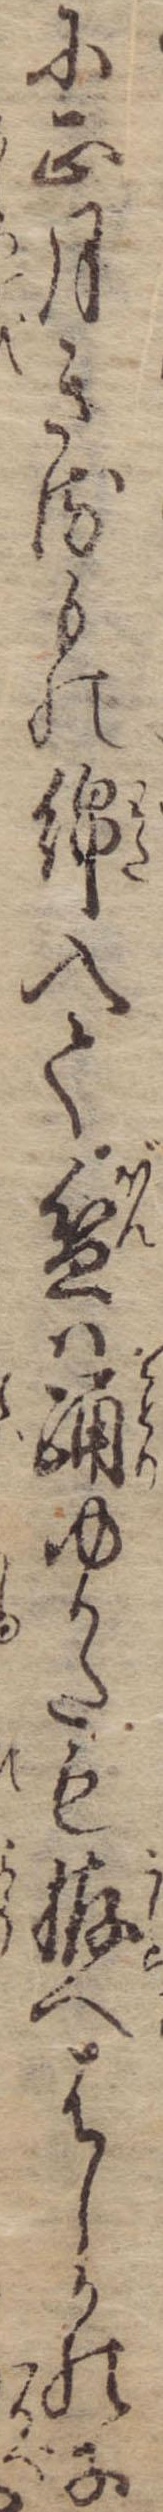
に正月きるもの綿入て盆は踊ゆかたも拵へはしかの子